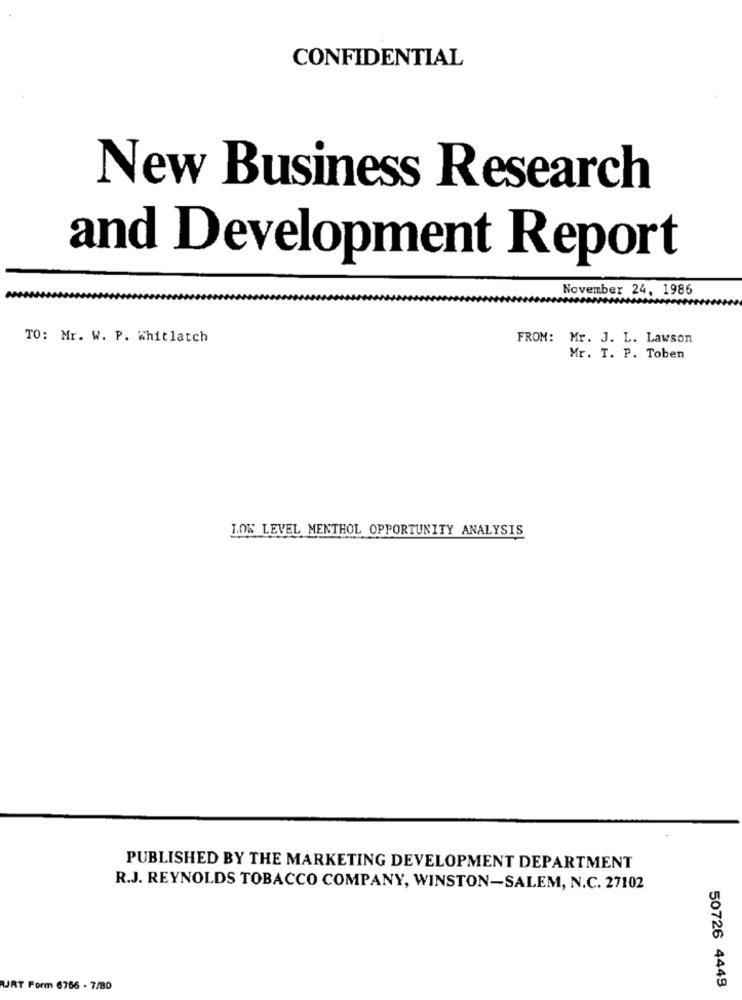
CONFIDENTIAL
New Business Research
and Development Report
November 24, 1986
TO: Mr. W. P. Whitlatch
FROM: Mr. J. L. Lawson
Mr. T. P. Toben
LOW LEVEL MENTHOL OPPORTUNITY ANALYSIS
PUBLISHED BY THE MARKETING DEVELOPMENT DEPARTMENT
R.J. REYNOLDS TOBACCO COMPANY, WINSTON-SALEM, N.C. 27102
AJRT Form 6766 - 7/80
50726 4449